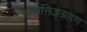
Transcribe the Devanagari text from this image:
अश्वलिङ्गग्रहण